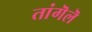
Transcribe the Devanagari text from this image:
तांगॆलॆ